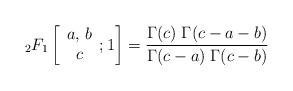
LaTeX: \begin{align*}_2F_1 \left[\begin{array}{c} a, \, b \\ c \end{array} ; 1 \right]=\frac{\Gamma(c)\;\Gamma(c-a-b)}{\Gamma(c-a)\;\Gamma(c-b)}\end{align*}